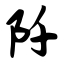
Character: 阡